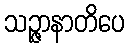
သဉ္ဇာနာတိပေ